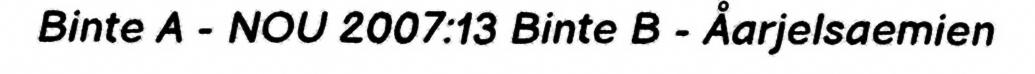
Binte A - NOU 2007:13 Binte B - Åarjelsaemien